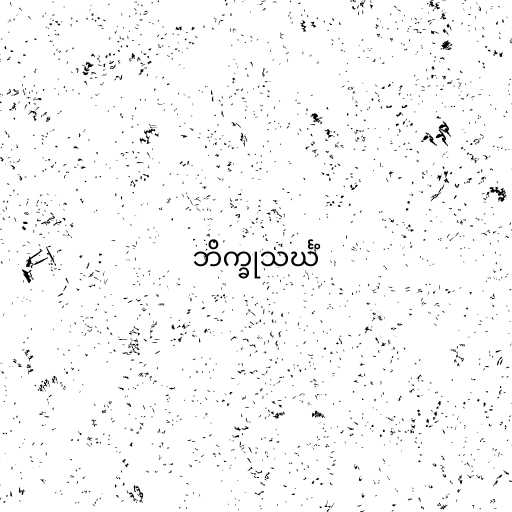
ဘိက္ခုသင်္ဃံ